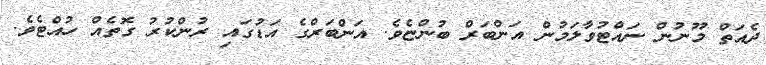
ދެއަތް މޫނުން ނައްޓުވާލަމުން އަންބަރް ބުންޏެވެ. އަންބަރްގެ އަޑުގައި ރުންކުރު ގޮތެއް ހުއްޓެވެ.